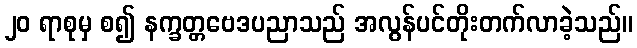
၂၀ ရာစုမှ စ၍ နက္ခတ္တဗေဒပညာသည် အလွန်ပင်တိုးတက်လာခဲ့သည်။